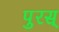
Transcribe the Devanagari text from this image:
पुरस्